system: You are a helpful assistant.
user:
Analyze the provided spectrum to determine if it is a **"Cataclysmic Variables (CV)"**.

- **Key Indicators for CV (Check for either state):**
    - **State 1: Quiescent / Low-State (Emission-Dominated)**
        - **(Primary):** Strong and *very broad* Hydrogen Balmer emission lines (e.g., $H\alpha$ at 6563 Å, $H\beta$ at 4861 Å). The 'broadness' (high velocity dispersion, often FWHM > 1000 km/s) is the key diagnostic, indicating a high-velocity accretion disk.
        - **(Secondary):** Broad neutral Helium (He I) emission lines (e.g., 5876 Å, 6678 Å).
        - **(Key Confirmation):** Presence of high-excitation *ionized* Helium (He II) emission at 4686 Å. This is a strong indicator of accretion onto a white dwarf.
        - **(Line Profile):** Emission lines may exhibit a 'double-peaked' profile, which is a classic signature of a rotating accretion disk viewed at high inclination.

    - **State 2: Outburst / High-State (Absorption-Dominated)**
        - **(Primary):** Spectrum is dominated by a bright, blue continuum (looks like a hot star).
        - **(Secondary):** The emission lines from State 1 are weak, absent, or 'filled in', and are replaced by broad, shallow *absorption* lines (primarily Balmer and He I).
        - **(Morphology):** The overall spectrum mimics a hot B/A-type star. The crucial difference is that the absorption lines are significantly broader, shallower, and more 'washed-out' (or 'smeared') than the sharp lines of a normal stellar photosphere, due to high rotational speeds and pressure broadening in the disk.

Think first, call **spectral_visualization_tool** if needed to examine features in detail, then provide your final answer. Your response must adhere to the following strict rules:
1.  **Overall Structure:** Your response must follow the format `<think>...</think> <tool_call>...</tool_call> (if a tool is used) <answer>...</answer>`.
2.  **Tool Usage Constraint:** You may only make **one** tool call per turn.
3.  **Final Answer Format:** In the `<answer>` tag, your conclusion must be inside a `\boxed{}` command (e.g., `\boxed{YES}`), followed by your justification.

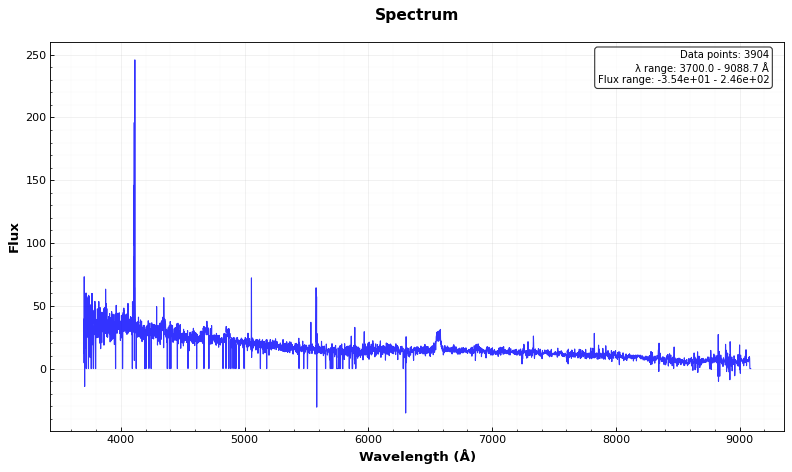
Answer: YES